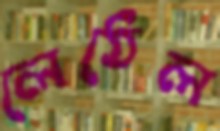
লেঠেল